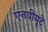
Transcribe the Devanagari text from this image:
एनवीयूटे